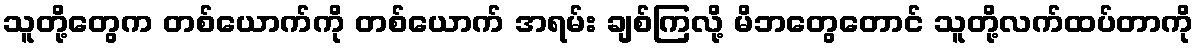
သူတို့တွေက တစ်ယောက်ကို တစ်ယောက် အရမ်း ချစ်ကြလို့ မိဘတွေတောင် သူတို့လက်ထပ်တာကို